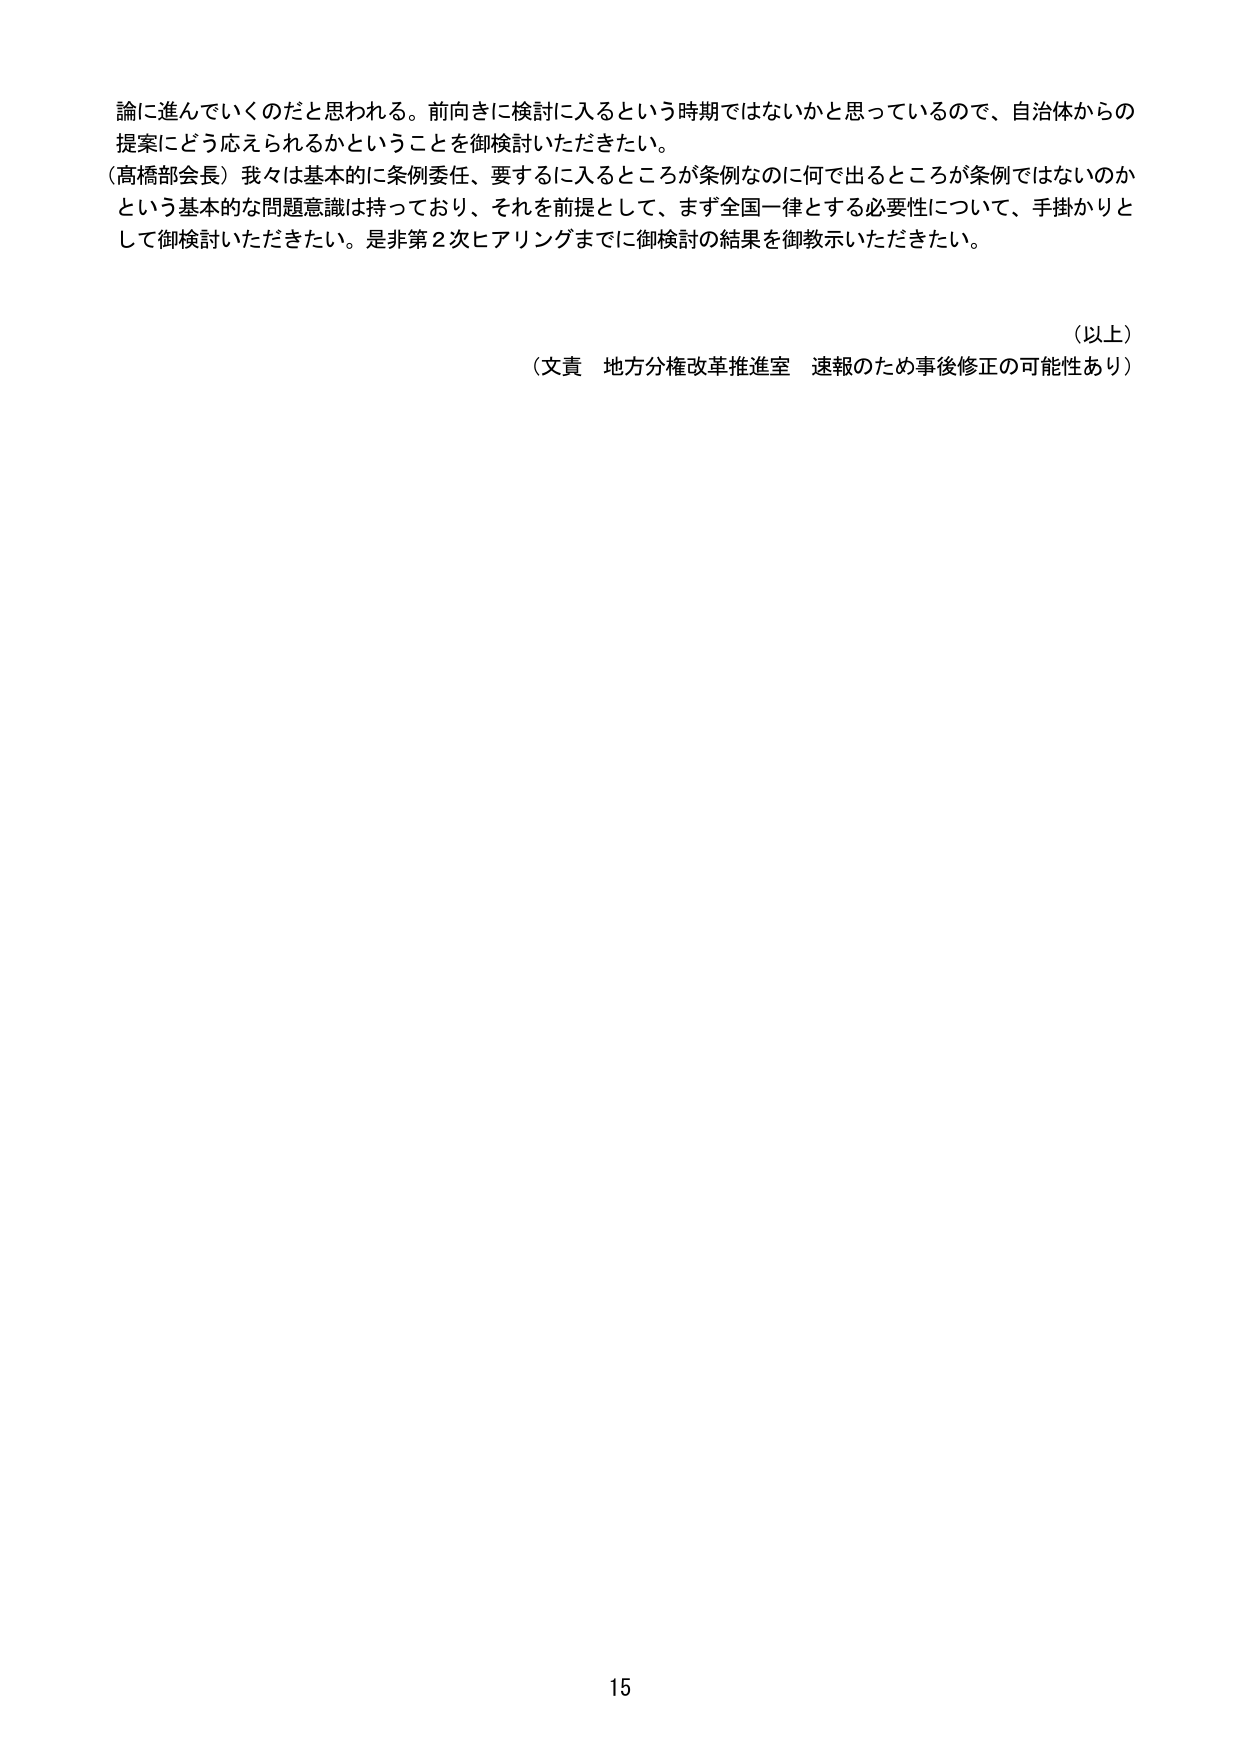
論に進んでいくのだと思われる。前向きに検討に入るという時期ではないかと思っているので、自治体からの
提案にどう応えられるかということを御検討いただきたい。
（高橋部会長）我々は基本的に条例委任、要するに入るところが条例なのに何で出るところが条例ではないのか
という基本的な問題意識は持っており、それを前提として、まず全国一律とする必要性について、手掛かりと
して御検討いただきたい。是非第２次ヒアリングまでに御検討の結果を御教示いただきたい。

（以上）
（文責　地方分権改革推進室　速報のため事後修正の可能性あり）

15